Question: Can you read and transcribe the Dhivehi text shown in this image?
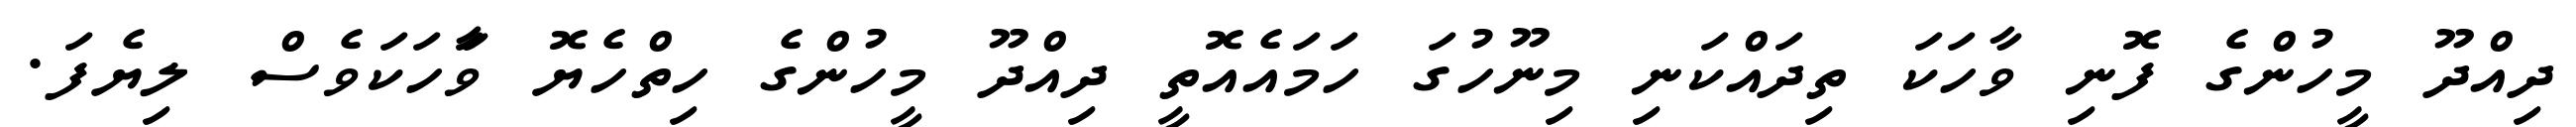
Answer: ދިއްދޫ މީހުންގެ ފޮނި ވާހަކަ ތިދައްކަނި މިނޫހުގަ ހަމައެއޮތީ ދިއްދޫ މީހުންގެ ހިތްހެޔޮ ވާަހަކަވެސް ލިޔެފަ.